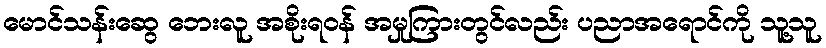
မောင်သန်းဆွေ ဘေးလူ အစိုးရဝန် အမှုကြားတွင်လည်း ပညာအရောင်ကို သူ့သူ